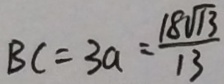
B C = 3 a = \frac { 1 8 \sqrt { 1 3 } } { 1 3 }